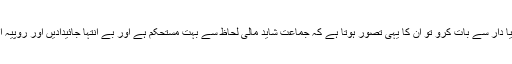
جب بھی کسی دنیا دار سے بات کرو تو ان کا یہی تصور ہوتا ہے کہ جماعت شاید مالی لحاظ سے بہت مستحکم ہے اور بے انتہا جائیدادیں اور روپیہ اس کے پاس ہے۔